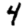
Digit: 4